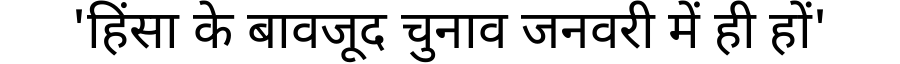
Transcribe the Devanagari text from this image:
'हिंसा के बावजूद चुनाव जनवरी में ही हों'